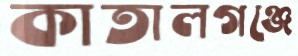
কাতালগঞ্জে